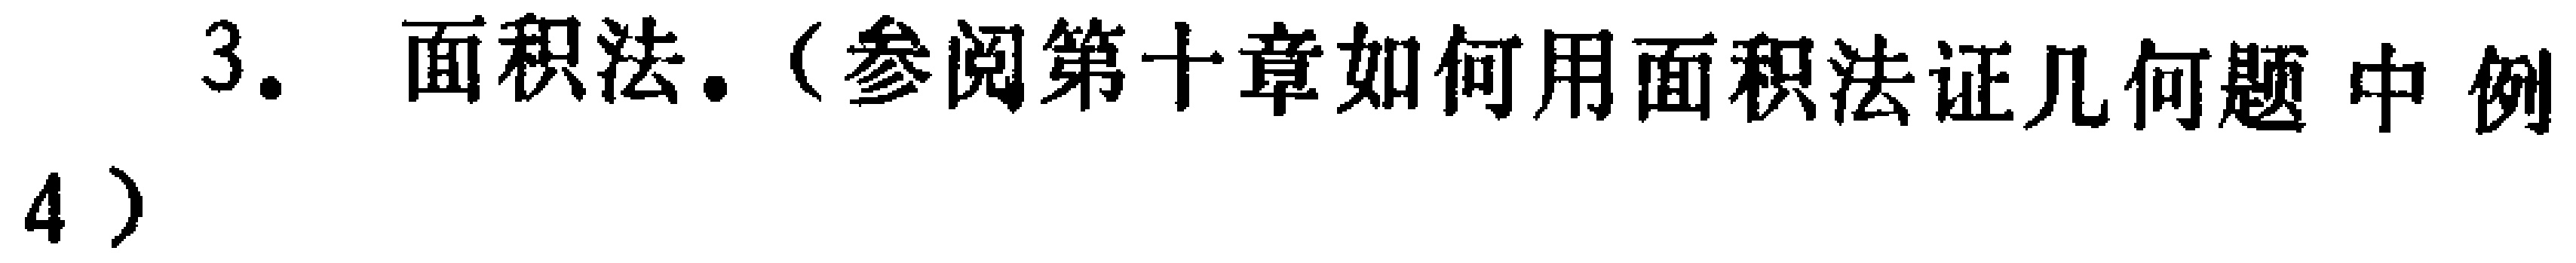
3. 面积法.（参阅第十章如何用面积法证几何题 中 例4）